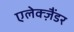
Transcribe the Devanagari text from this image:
एलेक्ज़ैंडर